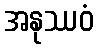
အနုဿဝံ